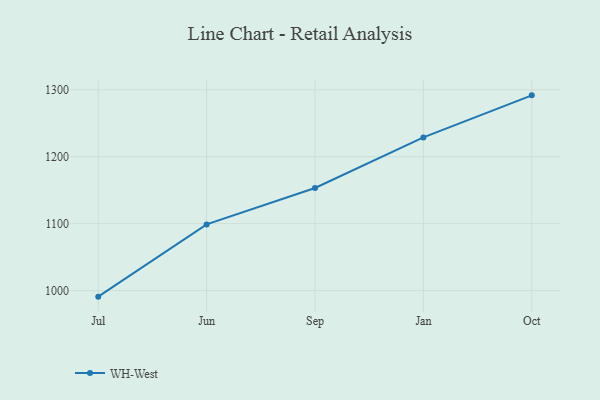
{"axis": {"x": "Month", "y": "Active Users"}, "legend": ["WH-West"], "data": [{"x": "Jul", "y": 991.0, "type": "WH-West"}, {"x": "Jun", "y": 1098.9, "type": "WH-West"}, {"x": "Sep", "y": 1153.3, "type": "WH-West"}, {"x": "Jan", "y": 1228.9, "type": "WH-West"}, {"x": "Oct", "y": 1291.7, "type": "WH-West"}]}